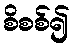
စိစစ်၍